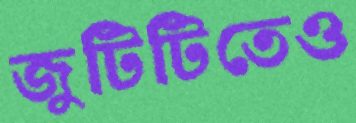
জুটিটিতেও